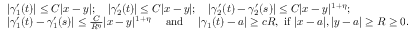
\begin{array} { r l } & { | \gamma _ { 1 } ^ { \prime } ( t ) | \le C | x - y | ; \quad | \gamma _ { 2 } ^ { \prime } ( t ) | \le C | x - y | ; \quad | \gamma _ { 2 } ^ { \prime } ( t ) - \gamma _ { 2 } ^ { \prime } ( s ) | \le C | x - y | ^ { 1 + \eta } ; } \\ & { | \gamma _ { 1 } ^ { \prime } ( t ) - \gamma _ { 1 } ^ { \prime } ( s ) | \le \frac { C } { R ^ { \eta } } | x - y | ^ { 1 + \eta } \quad \mathrm { ~ a n d ~ } \quad | \gamma _ { 1 } ( t ) - a | \ge c R , \mathrm { ~ i f ~ } | x - a | , | y - a | \ge R \geq 0 . } \end{array}